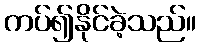
ကပ်၍နိုင်ခဲ့သည်။